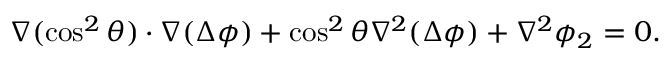
\boldsymbol { \nabla } ( \cos ^ { 2 } \theta ) \cdot \boldsymbol { \nabla } ( \Delta \phi ) + \cos ^ { 2 } \theta \nabla ^ { 2 } ( \Delta \phi ) + \nabla ^ { 2 } \phi _ { 2 } = 0 .